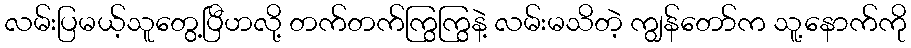
လမ်းပြမယ့်သူတွေ့ပြီဟလို့ တက်တက်ကြွကြွနဲ့ လမ်းမသိတဲ့ ကျွန်တော်က သူ့နောက်ကို